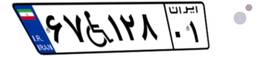
۶۷W۱۲۸۰۱